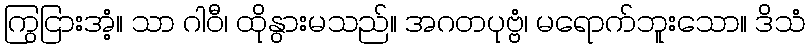
ကြွငြားအံ့။ သာ ဂါဝီ၊ ထိုနွားမသည်။ အဂတပုဗ္ဗံ၊ မရောက်ဘူးသော။ ဒိသံ